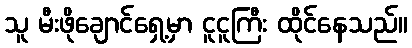
သူ မီးဖိုချောင်ရှေ့မှာ ငူငူကြီး ထိုင်နေသည်။